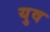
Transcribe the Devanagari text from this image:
युव